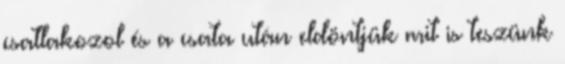
csatlakozol és a csata után eldöntjük mit is teszünk